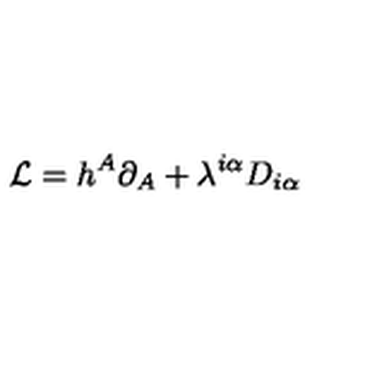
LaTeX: { \cal L } = h ^ { A } \partial _ { A } + \lambda ^ { i \alpha } D _ { i \alpha }